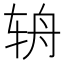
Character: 辀